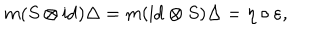
LaTeX: m ( S \otimes \mathrm { i d } ) \Delta = m ( \mathrm { i d } \otimes S ) \Delta = \eta \circ \varepsilon ,